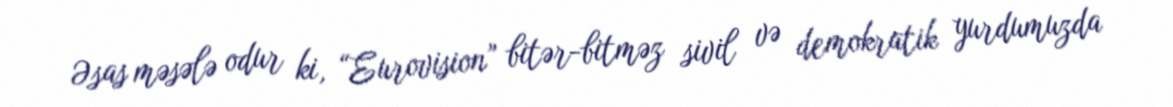
Əsas məsələ odur ki, “Eurovision” bitər-bitməz sivil və demokratik yurdumuzda